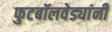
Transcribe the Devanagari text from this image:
फुटबॉलवेड्यांनी